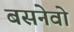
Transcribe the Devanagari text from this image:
बसनेवो